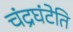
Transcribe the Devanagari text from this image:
चंद्रघंटेति